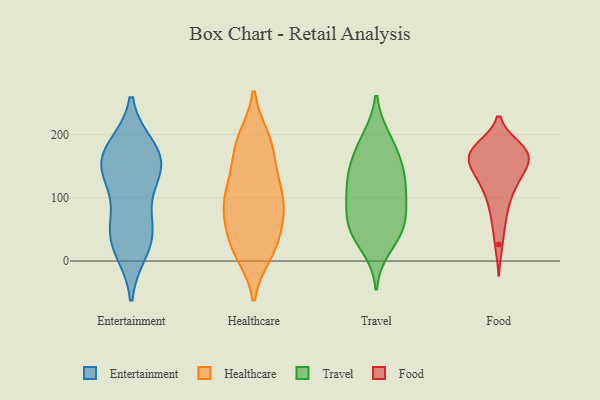
{"axis": {"x": "Revenue (USD Million)", "y": "Value"}, "legend": ["Entertainment", "Food", "Healthcare", "Travel"], "data": [{"x": "", "y": 151, "type": "Entertainment"}, {"x": "", "y": 35, "type": "Entertainment"}, {"x": "", "y": 46, "type": "Entertainment"}, {"x": "", "y": 151, "type": "Entertainment"}, {"x": "", "y": 177, "type": "Entertainment"}, {"x": "", "y": 20, "type": "Entertainment"}, {"x": "", "y": 123, "type": "Entertainment"}, {"x": "", "y": 60, "type": "Entertainment"}, {"x": "", "y": 169, "type": "Entertainment"}, {"x": "", "y": 158, "type": "Entertainment"}, {"x": "", "y": 142, "type": "Healthcare"}, {"x": "", "y": 64, "type": "Healthcare"}, {"x": "", "y": 194, "type": "Healthcare"}, {"x": "", "y": 183, "type": "Healthcare"}, {"x": "", "y": 15, "type": "Healthcare"}, {"x": "", "y": 95, "type": "Healthcare"}, {"x": "", "y": 134, "type": "Healthcare"}, {"x": "", "y": 15, "type": "Healthcare"}, {"x": "", "y": 85, "type": "Healthcare"}, {"x": "", "y": 65, "type": "Healthcare"}, {"x": "", "y": 98, "type": "Healthcare"}, {"x": "", "y": 133, "type": "Healthcare"}, {"x": "", "y": 85, "type": "Healthcare"}, {"x": "", "y": 39, "type": "Healthcare"}, {"x": "", "y": 195, "type": "Healthcare"}, {"x": "", "y": 182, "type": "Healthcare"}, {"x": "", "y": 28, "type": "Healthcare"}, {"x": "", "y": 11, "type": "Healthcare"}, {"x": "", "y": 99, "type": "Healthcare"}, {"x": "", "y": 114, "type": "Travel"}, {"x": "", "y": 109, "type": "Travel"}, {"x": "", "y": 61, "type": "Travel"}, {"x": "", "y": 193, "type": "Travel"}, {"x": "", "y": 53, "type": "Travel"}, {"x": "", "y": 104, "type": "Travel"}, {"x": "", "y": 157, "type": "Travel"}, {"x": "", "y": 21, "type": "Travel"}, {"x": "", "y": 137, "type": "Travel"}, {"x": "", "y": 147, "type": "Travel"}, {"x": "", "y": 195, "type": "Travel"}, {"x": "", "y": 51, "type": "Travel"}, {"x": "", "y": 41, "type": "Travel"}, {"x": "", "y": 69, "type": "Travel"}, {"x": "", "y": 96, "type": "Travel"}, {"x": "", "y": 159, "type": "Travel"}, {"x": "", "y": 26, "type": "Food"}, {"x": "", "y": 172, "type": "Food"}, {"x": "", "y": 157, "type": "Food"}, {"x": "", "y": 159, "type": "Food"}, {"x": "", "y": 158, "type": "Food"}, {"x": "", "y": 179, "type": "Food"}, {"x": "", "y": 133, "type": "Food"}, {"x": "", "y": 92, "type": "Food"}, {"x": "", "y": 175, "type": "Food"}, {"x": "", "y": 115, "type": "Food"}, {"x": "", "y": 160, "type": "Food"}, {"x": "", "y": 180, "type": "Food"}, {"x": "", "y": 59, "type": "Food"}, {"x": "", "y": 81, "type": "Food"}, {"x": "", "y": 136, "type": "Food"}, {"x": "", "y": 160, "type": "Food"}, {"x": "", "y": 130, "type": "Food"}, {"x": "", "y": 119, "type": "Food"}, {"x": "", "y": 180, "type": "Food"}, {"x": "", "y": 177, "type": "Food"}]}